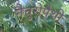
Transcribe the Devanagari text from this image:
नैचुरोपैथी